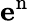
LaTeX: \mathbf{e}^{\mathrm{{n}}}